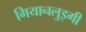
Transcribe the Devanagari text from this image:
गियानलुइगी